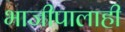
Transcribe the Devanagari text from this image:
भाजीपालाही